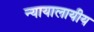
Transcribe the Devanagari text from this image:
न्यायालायीय